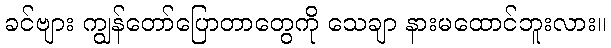
ခင်ဗျား ကျွန်တော်ပြောတာတွေကို သေချာ နားမထောင်ဘူးလား။